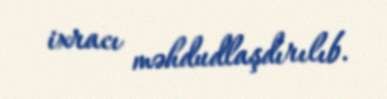
ixracı məhdudlaşdırılıb.